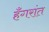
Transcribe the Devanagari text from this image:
हँगरांत